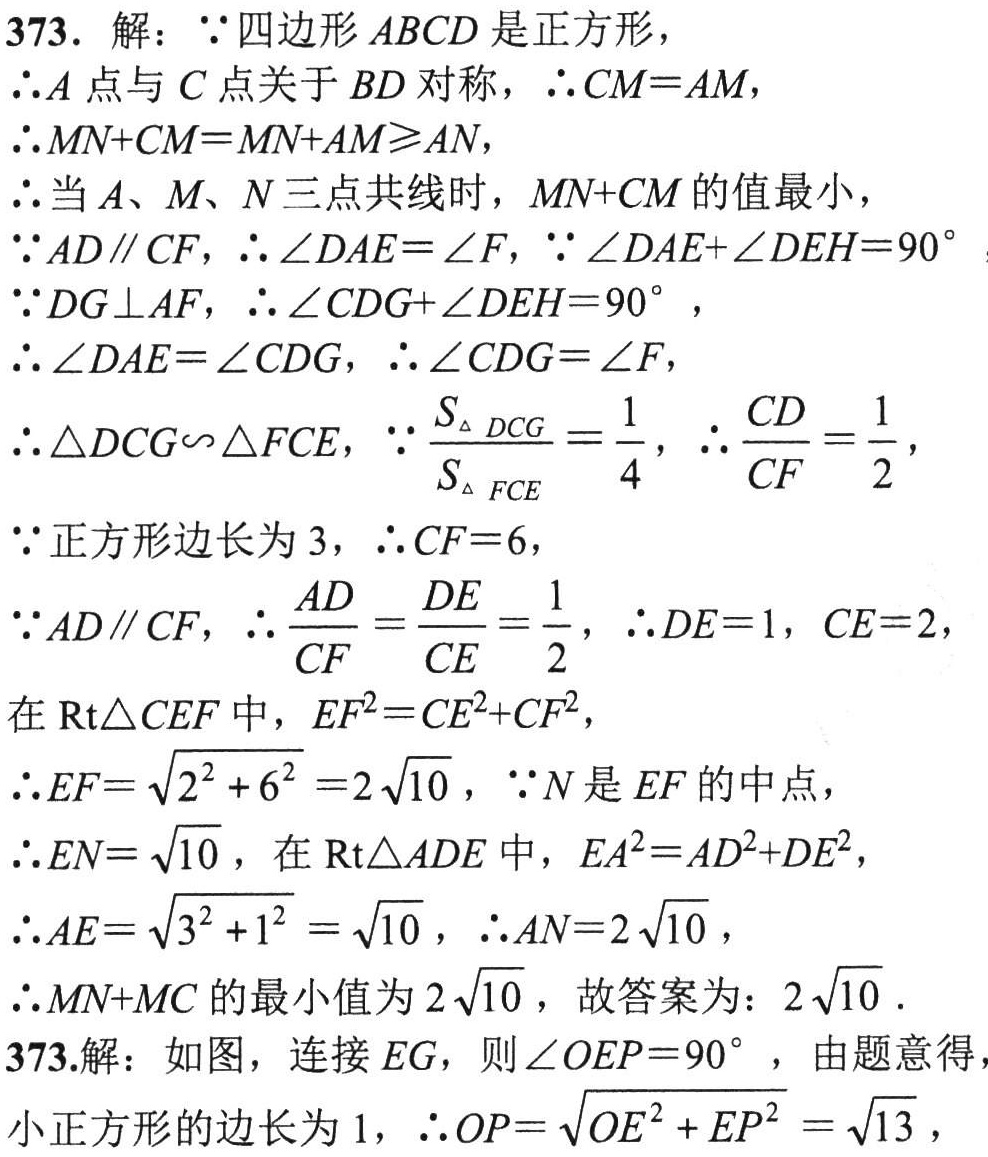
373. 解：$\because$四边形$ABCD$是正方形，

$\therefore A$点与$C$点关于$BD$对称，$\therefore CM = AM$，

$\therefore MN + CM = MN + AM\geqslant AN$，

$\therefore$当$A$、$M$、$N$三点共线时，$MN + CM$的值最小，

$\because AD\parallel CF$，$\therefore\angle DAE=\angle F$，$\because\angle DAE+\angle DEH = 90^{\circ}$

$\because DG\perp AF$，$\therefore\angle CDG+\angle DEH = 90^{\circ}$，

$\therefore\angle DAE=\angle CDG$，$\therefore\angle CDG=\angle F$，

$\therefore\triangle DCG\sim\triangle FCE$，$\because\frac{S_{\triangle DCG}}{S_{\triangle FCE}}=\frac{1}{4}$，$\therefore\frac{CD}{CF}=\frac{1}{2}$，

$\because$正方形边长为$3$，$\therefore CF = 6$，

$\because AD\parallel CF$，$\therefore\frac{AD}{CF}=\frac{DE}{CE}=\frac{1}{2}$，$\therefore DE = 1$，$CE = 2$，

在$\text{Rt}\triangle CEF$中，$EF^{2}=CE^{2}+CF^{2}$，

$\therefore EF=\sqrt{2^{2}+6^{2}} = 2\sqrt{10}$，$\because N$是$EF$的中点，

$\therefore EN=\sqrt{10}$，在$\text{Rt}\triangle ADE$中，$EA^{2}=AD^{2}+DE^{2}$，

$\therefore AE=\sqrt{3^{2}+1^{2}}=\sqrt{10}$，$\therefore AN = 2\sqrt{10}$，

$\therefore MN + MC$的最小值为$2\sqrt{10}$，故答案为：$2\sqrt{10}$．

373.解：如图，连接$EG$，则$\angle OEP = 90^{\circ}$，由题意得，

小正方形的边长为$1$，$\therefore OP=\sqrt{OE^{2}+EP^{2}}=\sqrt{13}$，